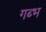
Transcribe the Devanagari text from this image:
गब्भ